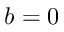
b = 0